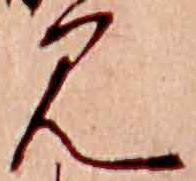
見